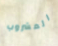
المشروب